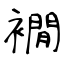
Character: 襉